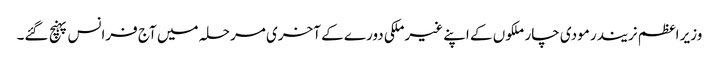
وزیر اعظم نریندر مودی چار ملکوں کے اپنے غیرملکی دورے کے آخری مرحلہ میں آج فرانس پہنچ گئے۔